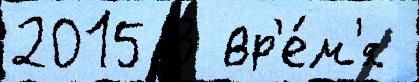
2015 3 вр'е́м'я